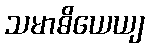
သမာဓိယေယျ